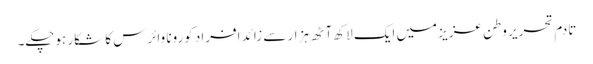
تادمِ تحریر وطن عزیز میں ایک لاکھ آٹھ ہزار سے زائد افراد کورونا وائرس کا شکار ہوچکے۔